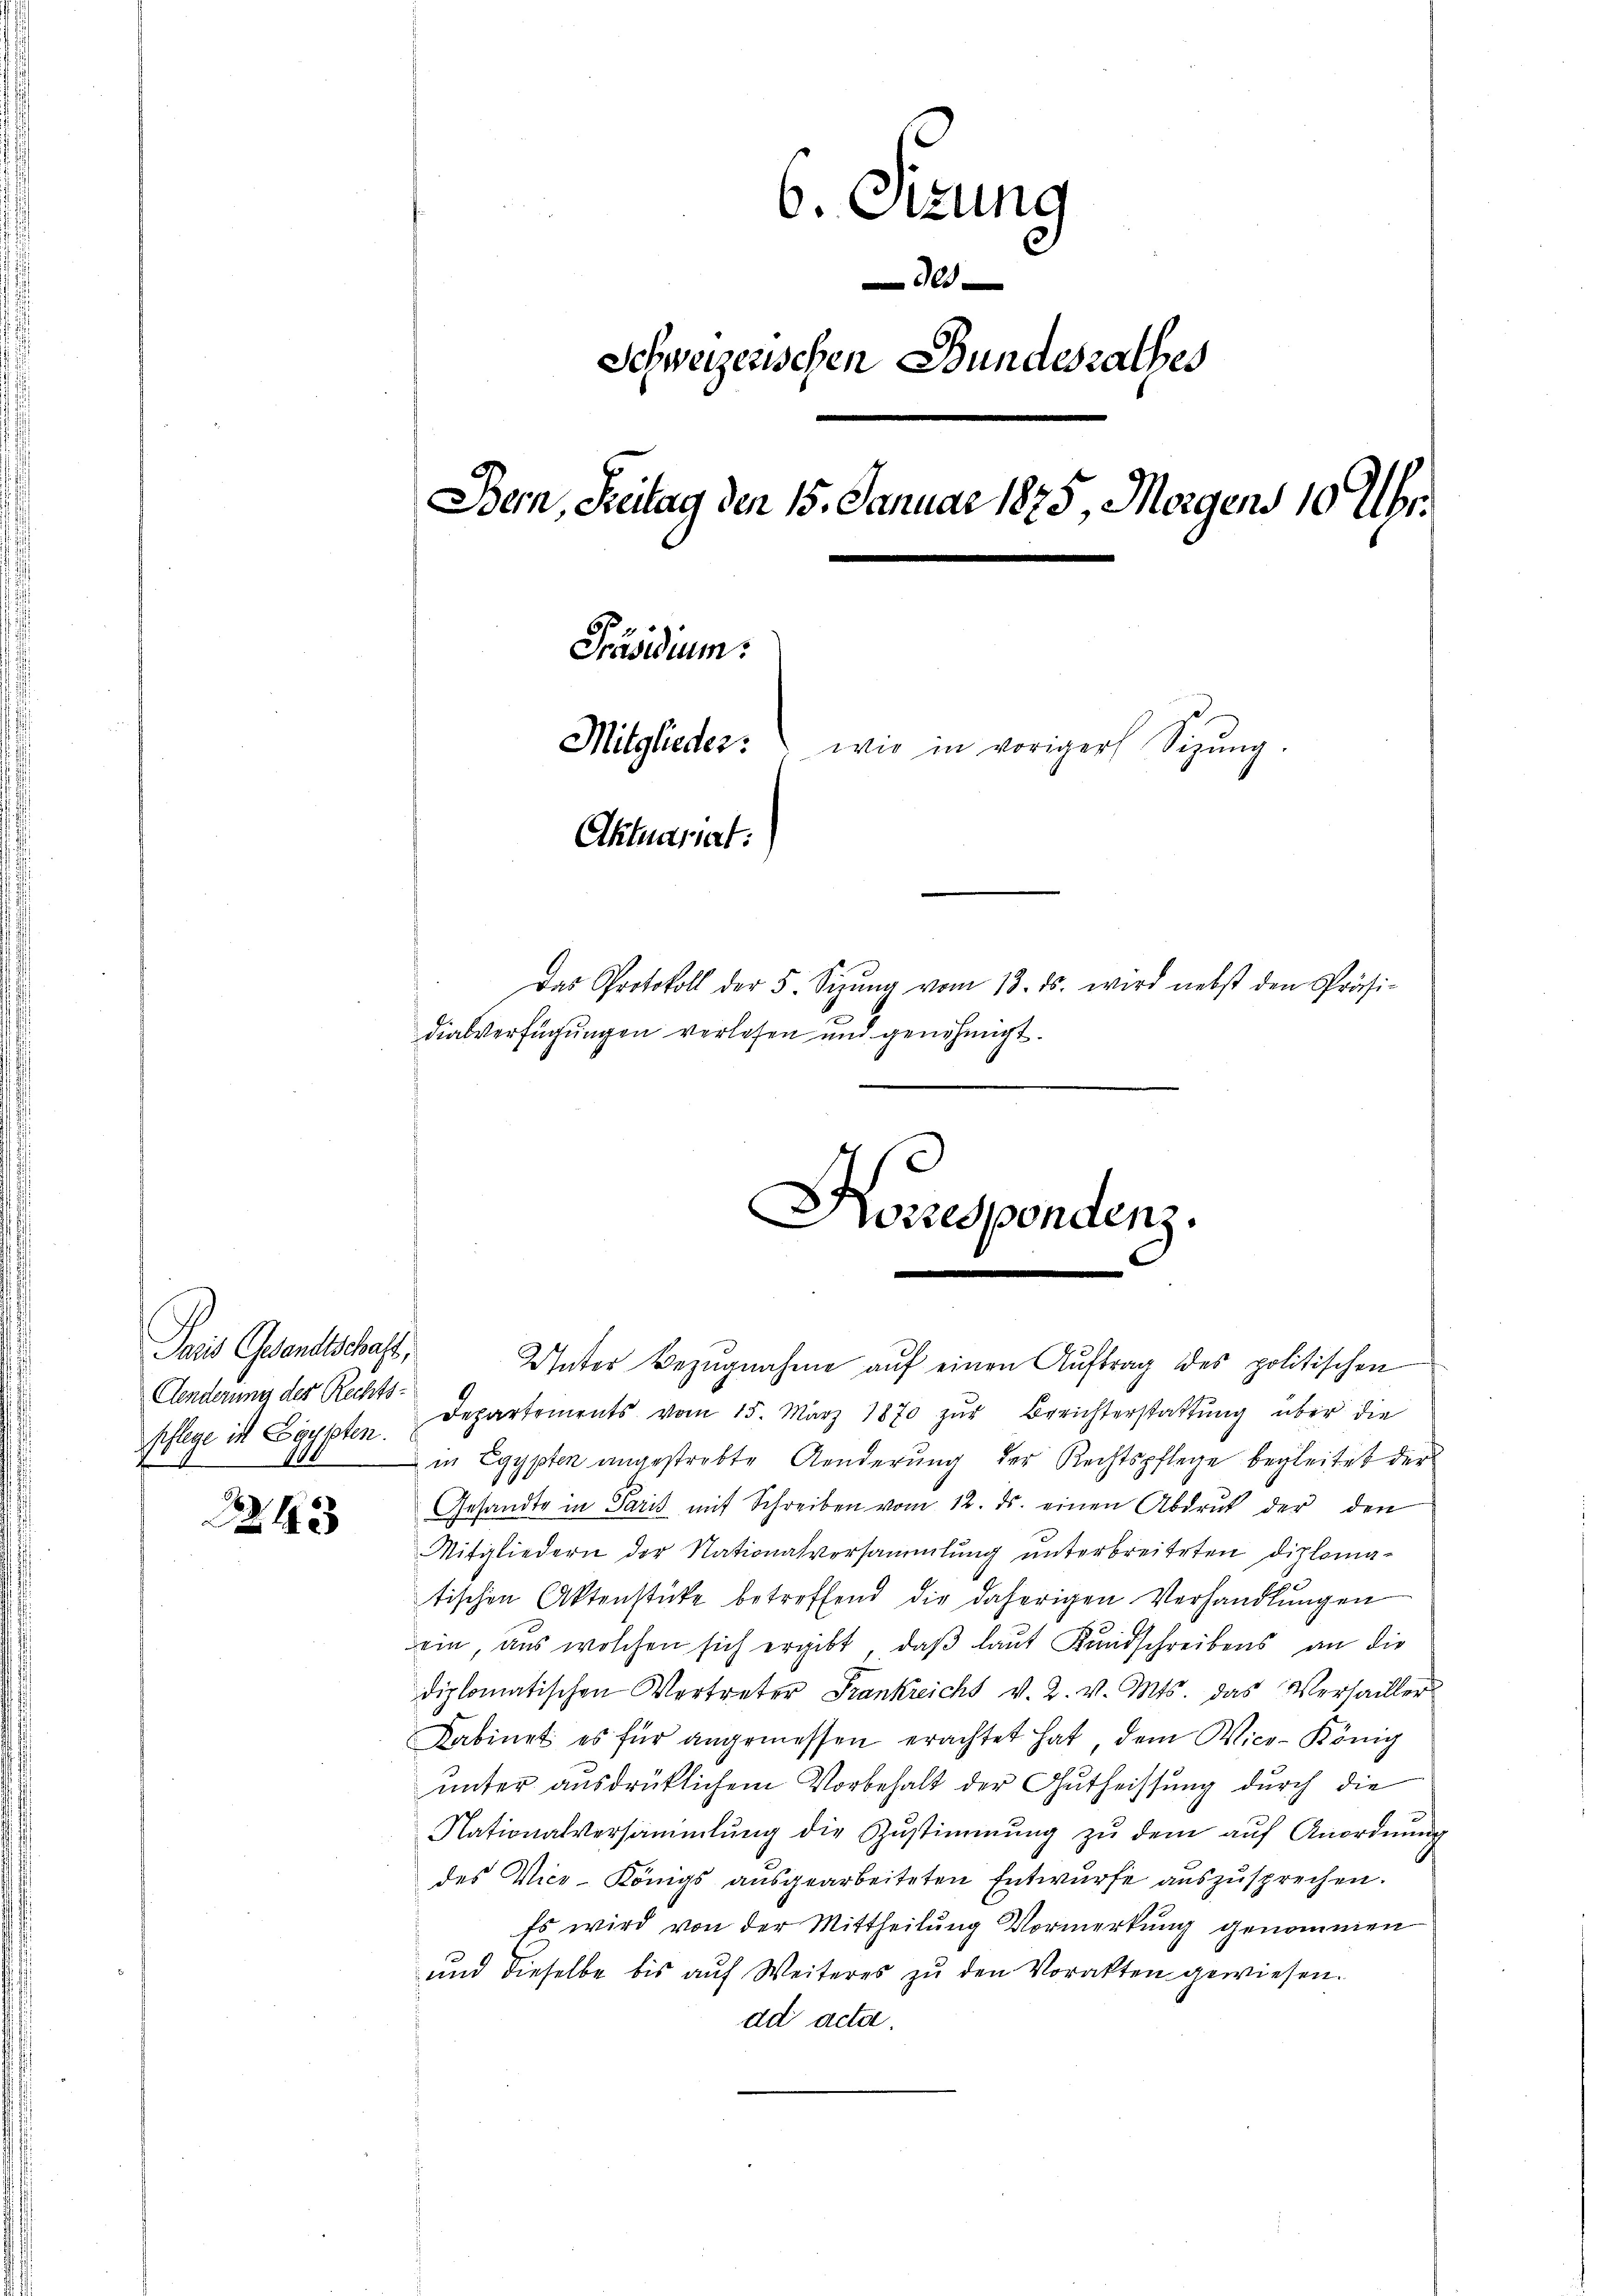
Paris Gesandtschaft,
Aenderung der Rechtspflege ist Egypten.

345

6. Sizung
800
Schweizenschen Bundesrathes
Bern, Freitag den 15. Januar 1875, Morgens 10 Uhr
Präsidium.
Mitglieder: " wie in voriger Sitzŭng.
Aktuariat:
Das Protokoll der 5. Sizŭng vom 13. ds. wird nebst den Präsi-
dialverfügungen verlesen und genehmigt.

Unter Bezŭgnahme aŭf einen Auftrag des politischen
Departements vom 15. März 1870 zŭr Berichterstattŭng über die
in Egypten angestrebte Aenderung der Rechtspflege begleitet der
Gesandte in Paris mit Schreiben vom 12. ds. einen Abdruk der den
Mitgliedern der Nationalversammlung unterbreiteten Diplomatischen Aktenstücke betreffend die daherigen Verhandlŭngen
ein, aus welchen sich ergibt, daß laut Kundschreibens an die
diplomatischen Vertreter Frankreichs v. 2. v. Mts. das Verhailler
Kabinet es für angemessen erachtet hat dem Vice-König
unter ausdrüklichem Vorbehalt der Gutheissung durch die
Nationalversammlung die Zŭstimmung zŭ dem aŭf Anordnŭng
des Vice-Königs ausgearbeiteten Entwurfe auszusprechen.
Es wird von der Mittheilung Vormerkung genommen
und dieselbe bis auf Weiteres zu den Vorakten gewiesen.
dd acta.

Korrespondenz.